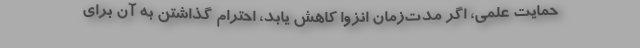
حمایت علمی، اگر مدت‌زمان انزوا کاهش یابد، احترام گذاشتن به آن برای